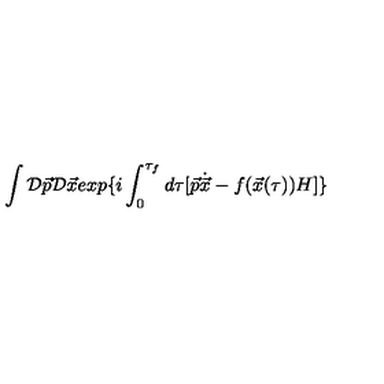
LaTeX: \int { \cal D } \vec { p } { \cal D } \vec { x } e x p \{ i \int _ { 0 } ^ { \tau _ { f } } d \tau [ \vec { p } \dot { \vec { x } } - f ( \vec { x } ( \tau ) ) H ] \}